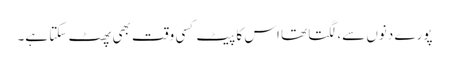
پورے دنوں سے، لگتا تھا اس کا پیٹ کسی وقت بھی پھٹ سکتا ہے۔